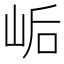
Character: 𫝴